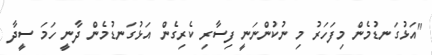
"އަޅުގަނޑުމެން މިފަހަރު މި ނުކުންނަނީ ފިސާރި ކެރިގެން އަޅުގަނޑުމެން ދާނީ ހަމަ ސީދާ